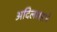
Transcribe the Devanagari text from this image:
अदिलशहाने